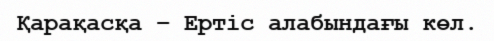
Қарақасқа – Ертіс алабындағы көл.